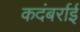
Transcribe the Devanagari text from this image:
कदंबर्राई